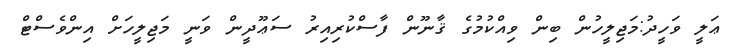
ޢަލީ ވަހީދު:މަޖިލީހުން ބިން ވިއްކުމުގެ ޤާނޫން ފާސްކުރިއިރު ސަޢޫދީން ވަނީ މަޖިލީހަށް އިންވެސްޓް